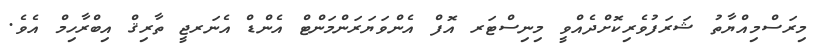
މިރަސްމިއްޔާތު ޝަރަފުވެރިކޮށްދެއްވީ މިނިސްޓަރ އޮފް އެންވަޔަރަންމަންޓް އެންޑް އެނަރޖީ ތާރިޤް އިބްރާހިމް އެވެ.